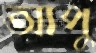
আপু